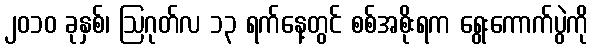
၂၀၁၀ ခုနှစ်၊ ဩဂုတ်လ ၁၃ ရက်နေ့တွင် စစ်အစိုးရက ရွေးကောက်ပွဲကို